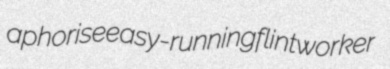
aphorise easy-running flintworker